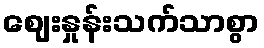
ဈေးနှုန်းသက်သာစွာ